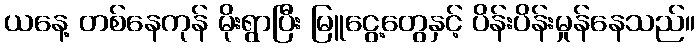
ယနေ့ တစ်နေကုန် မိုးရွာပြီး မြူငွေ့တွေနှင့် ပိန်းပိန်းမှုန်နေသည်။